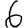
Digit: 6